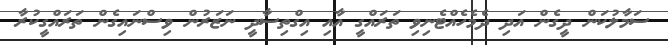
ސަމާލުކަން ދީގެން އަދި ދެމެހެއްޓެނިވި ތަރައްގީ އާއި އިގްތިސާދީ ނަޒަރުން ވިސްނައިގެން ތަރައްގީކުރާ